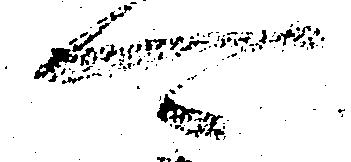
可